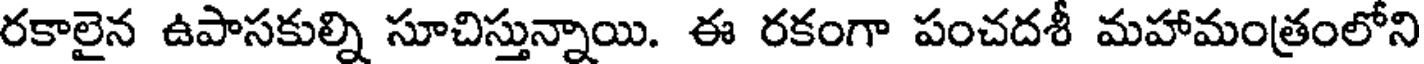
రకాలైన ఉపాసకుల్ని సూచిస్తున్నాయి. ఈ రకంగా పంచదశీ మహామంత్రంలోని